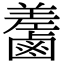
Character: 𪉵